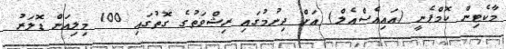
މާކެޓިން ކޮމްޕެނީ (އައިއެސްއެލް) އަށް ދިނުމުގައި ރިޝްވަތުގެ ގޮތުގައި 100 މިލިއަން ޑޮލަރު